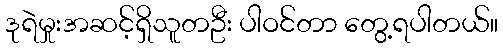
ဒုရဲမှုးအဆင့်ရှိသူတဦး ပါဝင်တာ တွေ့ရပါတယ်။